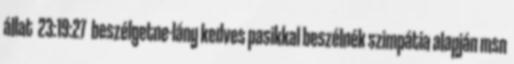
állat 23:19:27 beszélgetne-lány kedves pasikkal beszélnék szimpátia alapján msn